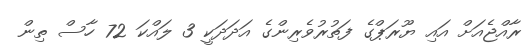
ރާއްޖެއަށް އައި ޔޫރަޕްގެ ފަތުރުވެރިންގެ އަދަދަކީ 3 ލައްކަ 72 ހާސް ތިން